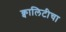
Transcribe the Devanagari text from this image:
क्वालिटीचा